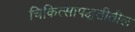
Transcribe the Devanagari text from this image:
चिकित्सापद्धतीतील